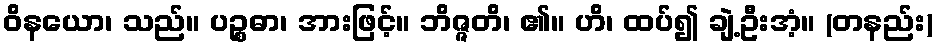
ဝိနယော၊ သည်။ ပဉ္စဓာ၊ အားဖြင့်။ ဘိဇ္ဇတိ၊ ၏။ ဟိ၊ ထပ်၍ ချဲ့ဦးအံ့။ (တနည်း)